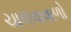
ચાલવાવાળો